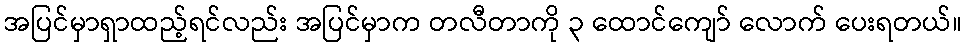
အပြင်မှာရှာထည့်ရင်လည်း အပြင်မှာက တလီတာကို ၃ ထောင်ကျော် လောက် ပေးရတယ်။